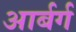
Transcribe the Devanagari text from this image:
आर्बर्ग